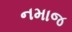
નમાજ